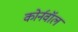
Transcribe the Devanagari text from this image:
कोर्नवॉल